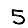
Digit: 5